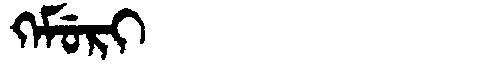
Manchu: ᡴᡝᠮᡠᡵᡳ
Romanization: KEMURI